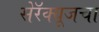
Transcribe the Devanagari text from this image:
सेरॅक्यूजचा